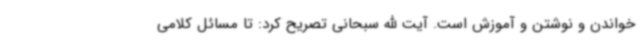
خواندن و نوشتن و آموزش است. آیت الله سبحانی تصریح کرد: تا مسائل کلامی